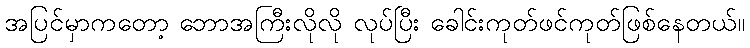
အပြင်မှာကတော့ ဘောအကြီးလိုလို လုပ်ပြီး ခေါင်းကုတ်ဖင်ကုတ်ဖြစ်နေတယ်။